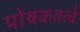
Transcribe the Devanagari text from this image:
पोषकतत्वे